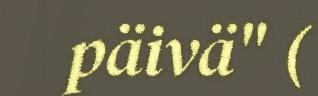
päivä" (